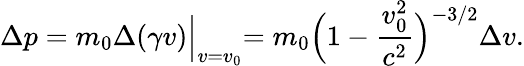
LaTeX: \Delta p=m_{0}\Delta(\gamma v)\Bigl|_{v=v_{0}}=m_{0}\Bigl(1-\frac{v_{0}^{2}}{c^{2}}\Bigr)^{-3/2}\Delta v.